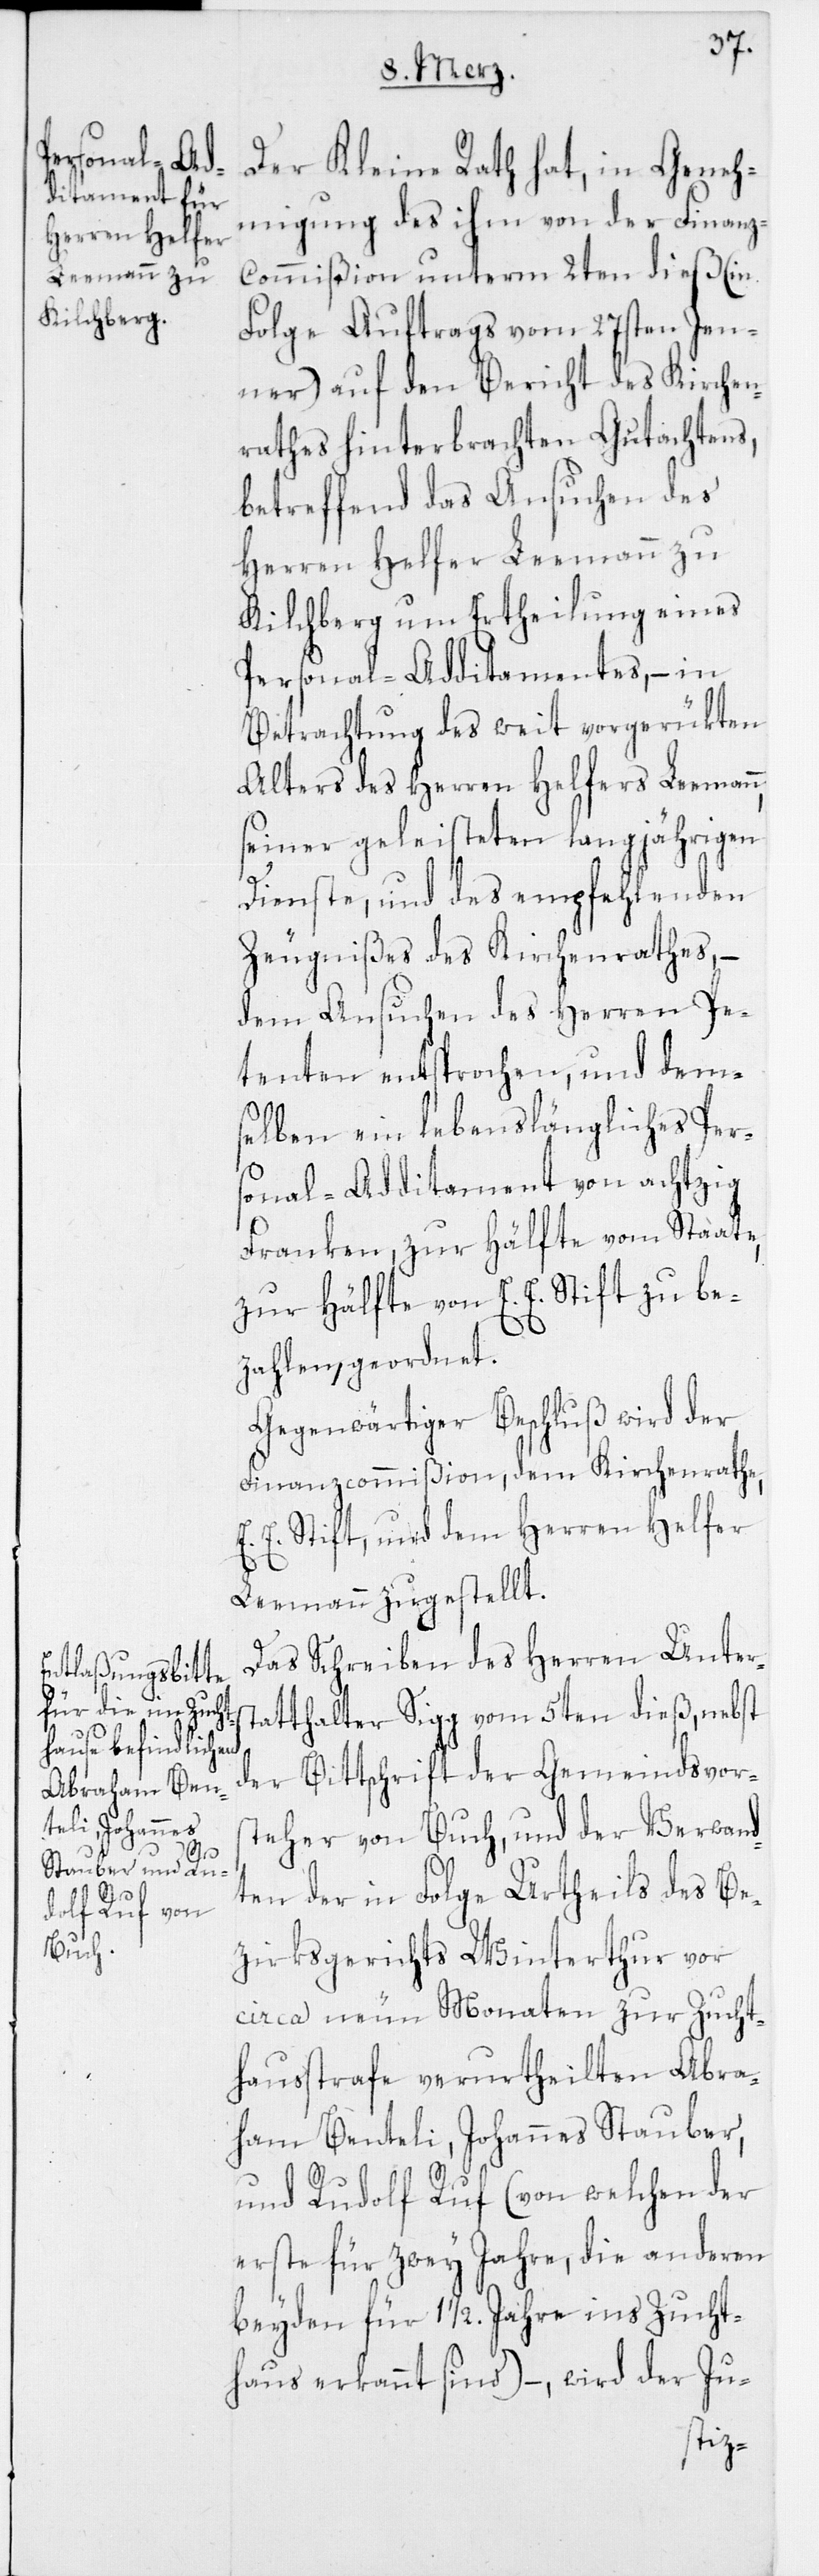
Der Kleine Rath hat, in Geneh¬
migung des ihm von der Finanz-C¬
ommißion unterm 2ten dieß (in
Folge Auftrags vom 27sten Jen¬
ner) auf den Bericht des Kirchen¬
rathes hinterbrachten Gutachtens,
betreffend das Ansuchen des
Herren Helfer Leemann zu
Kilchberg um Ertheilung eines
Personal-Additamentes, – in
Betrachtung des weit vorgerükten
Alters des Herren Helfers Leeman¬
seiner geleisteten langjährigen
n,
Dienste, und des empfehlenden
Zeugnißes des Kirchenrathes, –
dem Ansuchen des Herren Pe¬
tenten entsprochen, und dem¬
selben ein lebenslängliches Pers¬
onal-Additament von achtzig
Franken, zur Hälfte vom Staate,
zur Hälfte von E. E. Stift zu be¬
zahlen, geordnet.
Gegenwärtiger Beschluß wird der
Finanzcommißion, dem Kirchenrathe,
E. E. Stift, und dem Herren Helfer
Leemann zugestellt.
Das Schreiben des Herren Unters¬
tatthalter Sigg vom 5ten dieß, nebst
der Bittschrift der Gemeindsvor¬
steher von Buch, und der Verwand¬
ten der in Folge Urtheils des Be¬
zirksgerichts Winterthur vor
circa neun Monaten zur Zucht¬
hausstrafe verurtheilten Abra¬
ham Benteli, Johannes Stauber,
und Rudolf Ruf (von welchen der
erste für zwey Jahre, die anderen
beyden für 1 ½. Jahre ins Zucht¬
haus erkannt sind), – wird der Ju-